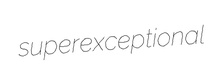
superexceptional